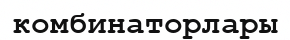
комбинаторлары